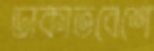
ডাকাতবেশে